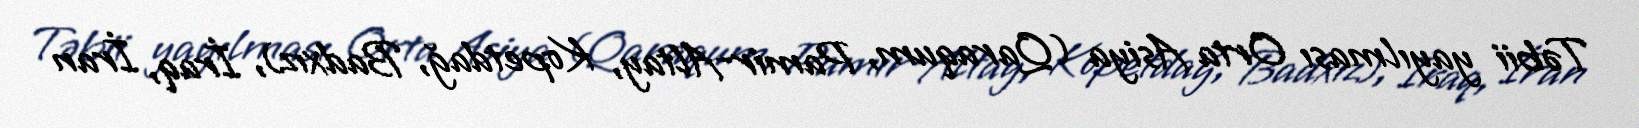
Təbii yayılması Orta Asiya (Qaraqum, Pamir-Altay, Kopetdağ, Badxız), İraq, İran